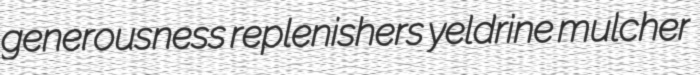
generousness replenishers yeldrine mulcher